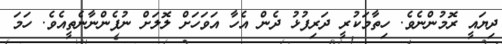
ދިޔައީ ރޮމުންނެވެ. ހިތާމަކުރީ ދަރިފުޅު ދެން އެހާ އަވަހަށް ލޮލަށް ނުފެންނާނެތީއެވެ. ހަމަ